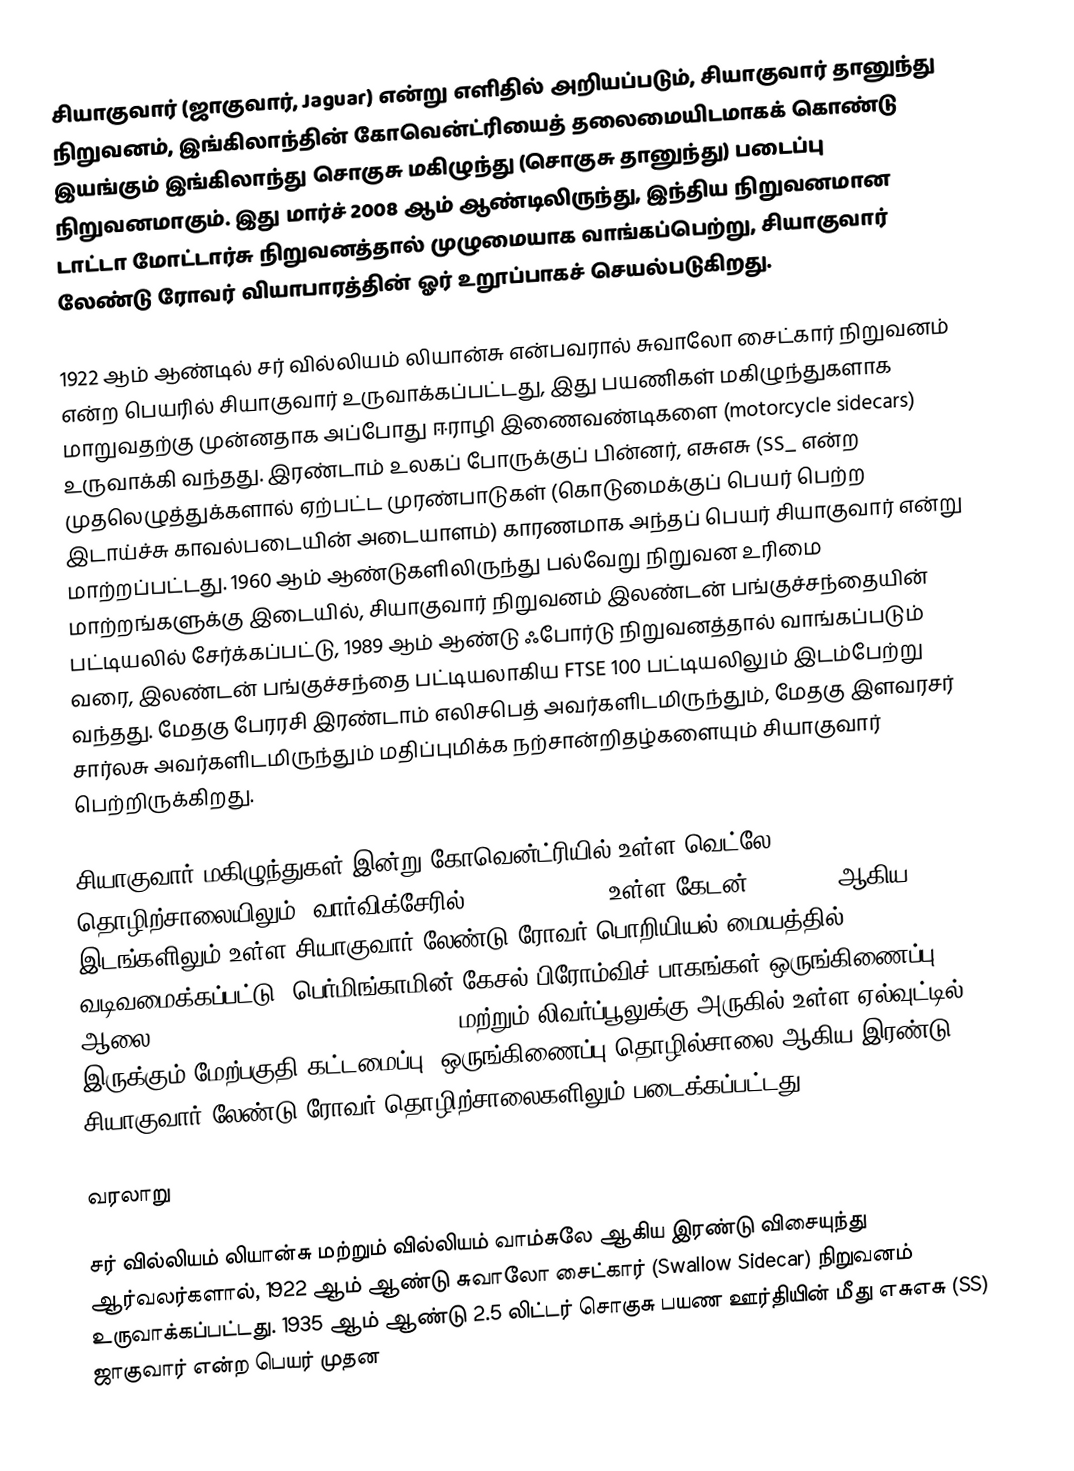
சியாகுவார் (ஜாகுவார், Jaguar) என்று எளிதில் அறியப்படும், சியாகுவார் தானுந்து நிறுவனம், இங்கிலாந்தின் கோவென்ட்ரியைத் தலைமையிடமாகக் கொண்டு இயங்கும் இங்கிலாந்து சொகுசு மகிழுந்து (சொகுசு தானுந்து) படைப்பு நிறுவனமாகும். இது மார்ச் 2008 ஆம் ஆண்டிலிருந்து, இந்திய நிறுவனமான டாட்டா மோட்டார்சு நிறுவனத்தால் முழுமையாக வாங்கப்பெற்று, சியாகுவார் லேண்டு ரோவர் வியாபாரத்தின் ஓர் உறூப்பாகச்  செயல்படுகிறது.

1922 ஆம் ஆண்டில் சர் வில்லியம் லியான்சு என்பவரால் சுவாலோ சைட்கார் நிறுவனம் என்ற பெயரில் சியாகுவார் உருவாக்கப்பட்டது, இது பயணிகள் மகிழுந்துகளாக மாறுவதற்கு முன்னதாக அப்போது ஈராழி இணைவண்டிகளை (motorcycle sidecars) உருவாக்கி வந்தது. இரண்டாம் உலகப் போருக்குப் பின்னர், எசுஎசு (SS_ என்ற முதலெழுத்துக்களால் ஏற்பட்ட முரண்பாடுகள் (கொடுமைக்குப் பெயர் பெற்ற இடாய்ச்சு காவல்படையின் அடையாளம்) காரணமாக அந்தப் பெயர் சியாகுவார் என்று மாற்றப்பட்டது. 1960 ஆம் ஆண்டுகளிலிருந்து பல்வேறு நிறுவன உரிமை மாற்றங்களுக்கு இடையில், சியாகுவார் நிறுவனம் இலண்டன் பங்குச்சந்தையின் பட்டியலில் சேர்க்கப்பட்டு, 1989 ஆம் ஆண்டு ஃபோர்டு நிறுவனத்தால் வாங்கப்படும் வரை, இலண்டன் பங்குச்சந்தை பட்டியலாகிய FTSE 100 பட்டியலிலும் இடம்பேற்று வந்தது. மேதகு பேரரசி இரண்டாம் எலிசபெத் அவர்களிடமிருந்தும், மேதகு இளவரசர் சார்லசு அவர்களிடமிருந்தும் மதிப்புமிக்க நற்சான்றிதழ்களையும் சியாகுவார் பெற்றிருக்கிறது.

சியாகுவார் மகிழுந்துகள் இன்று கோவென்ட்ரியில் உள்ள வெட்லே (Whitley) தொழிற்சாலையிலும், வார்விக்சேரில் (Warwickshire) உள்ள கேடன் (Gaydon) ஆகிய இடங்களிலும் உள்ள சியாகுவார் லேண்டு ரோவர் பொறியியல் மையத்தில் வடிவமைக்கப்பட்டு, பெர்மிங்காமின் கேசல் பிரோம்விச் பாகங்கள் ஒருங்கிணைப்பு ஆலை (Castle Bromwich assembly plant) மற்றும் லிவர்ப்பூலுக்கு அருகில் உள்ள ஏல்வுட்டில் இருக்கும் மேற்பகுதி கட்டமைப்பு, ஒருங்கிணைப்பு தொழில்சாலை ஆகிய இரண்டு சியாகுவார் லேண்டு ரோவர் தொழிற்சாலைகளிலும் படைக்கப்பட்டது.

வரலாறு

சர் வில்லியம் லியான்சு மற்றும் வில்லியம் வாம்சுலே ஆகிய இரண்டு விசையுந்து ஆர்வலர்களால், 1922 ஆம் ஆண்டு சுவாலோ சைட்கார் (Swallow Sidecar) நிறுவனம் உருவாக்கப்பட்டது. 1935 ஆம் ஆண்டு 2.5 லிட்டர் சொகுசு பயண ஊர்தியின் மீது எசுஎசு (SS) ஜாகுவார் என்ற பெயர் முதன